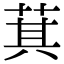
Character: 萁